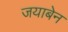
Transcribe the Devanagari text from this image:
जयाबेन